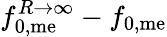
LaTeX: f_{\mathrm{0,me}}^{R\rightarrow\infty}-f_{\mathrm{0,me}}